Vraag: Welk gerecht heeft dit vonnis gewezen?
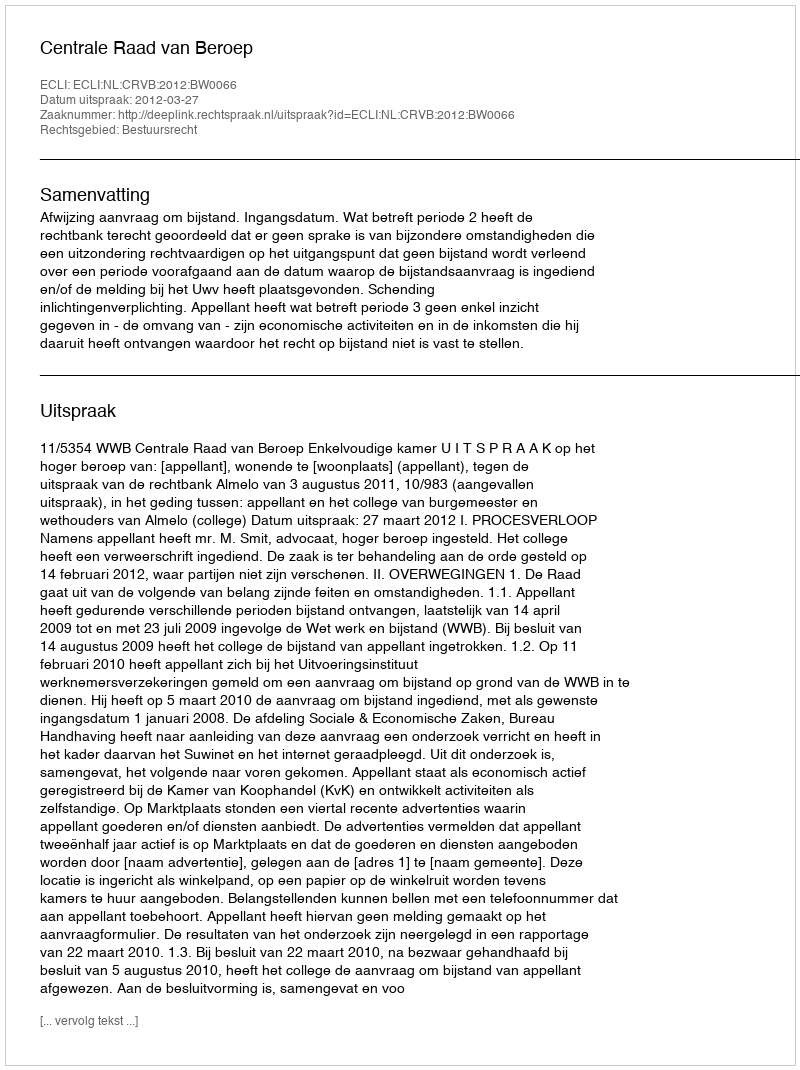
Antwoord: Centrale Raad van Beroep